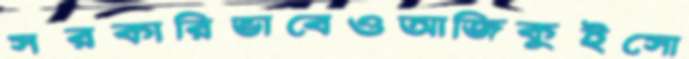
সরকারিভাবেওআজিকুইসো